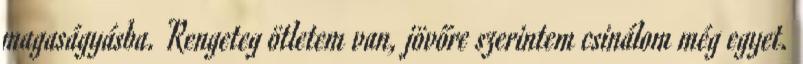
magaságyásba. Rengeteg ötletem van, jövőre szerintem csinálom még egyet.